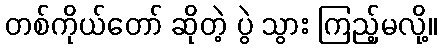
တစ်ကိုယ်တော် ဆိုတဲ့ ပွဲ သွား ကြည့်မလို့။